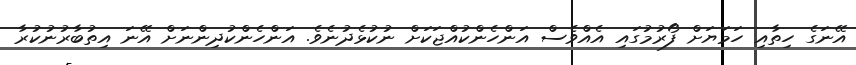
އޭނަގެ ހިތާއި ހަމަޔަށް ފޯރުމުގައި އެއްވެސް އަންހެންކުއްޖަކަށް ނުކުޅެދުނެވެ. އަންހެންކުދިންނަށް އޭނަ އިތުބާރުނުކުރާ